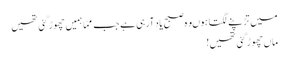
میں تڑپنے لگتا ہوںوہ صبح یاد آرہی ہے جب ممّا ہمیں چھوڑ گئی تھیں
ماں چھوڑگئی تھیں!